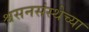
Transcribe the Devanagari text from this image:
श्वसनसंस्थेच्या